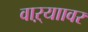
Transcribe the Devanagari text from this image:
वाऱ्याावर